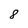
Character: 8